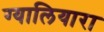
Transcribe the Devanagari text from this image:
ग्यालियारा